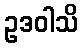
ဥဒဝါသိ